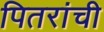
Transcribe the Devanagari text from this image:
पितरांची